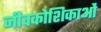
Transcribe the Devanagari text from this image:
जीवकोशिकाओं